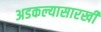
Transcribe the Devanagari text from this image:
अडकल्यासारखी